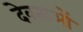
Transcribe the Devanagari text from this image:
देवताअाें